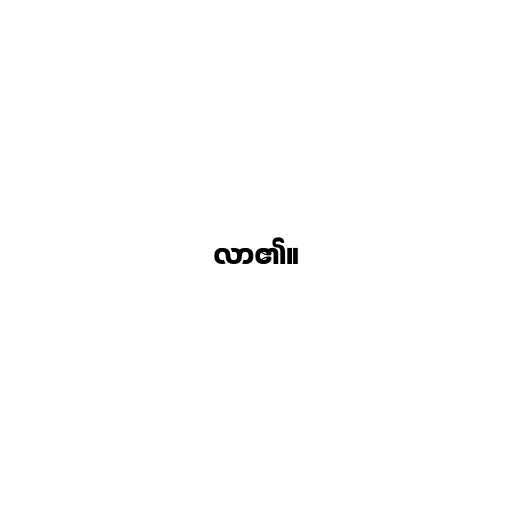
လာ၏။